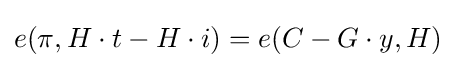
e(\pi ,H\cdot t-H\cdot i)=e(C-G\cdot y,H)